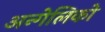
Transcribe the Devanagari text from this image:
अन्गेलिको